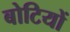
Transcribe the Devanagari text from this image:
बोटियों